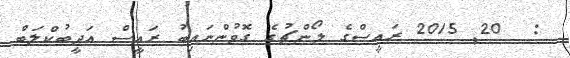
:  20